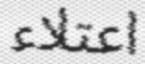
اعتلاء